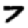
Digit: 7